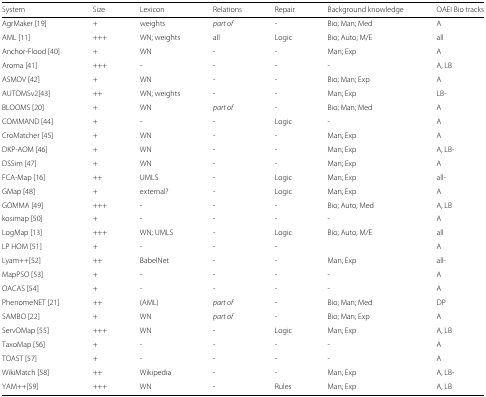
| System | Size | Lexicon | Relations | Repair | Background knowledge | OAEI Bio tracks |
 | --- | --- | --- | --- | --- | --- | --- |
 | AgrMaker [19] | + | weights | part of | - | Bio; Man; Med | A |
 | AML [11] | +++ | WN; weights | all | Logic | Bio; Auto; M/E | all |
 | Anchor-Flood [40] | + | WN | - | - | Man; Exp | A |
 | Aroma [41] | +++ | - | - | - | - | A, LB |
 | ASMOV [42] | + | WN | - | - | Bio; Man; Exp | A |
 | AUTOMSv2[43] | ++ | WN; weights | - | - | Man; Exp | LB- |
 | BLOOMS [20] | + | WN | part of | - | Bio; Man; Med | A |
 | COMMAND [44] | + | - | - | Logic | - | A |
 | CroMatcher [45] | + | WN | - | - | Man; Exp | A |
 | DKP-AOM [46] | + | WN | - | - | Man; Exp | A, LB- |
 | DSSim [47] | + | WN | - | - | Man; Exp | A |
 | FCA-Map [16] | ++ | UMLS | - | Logic | Man; Exp | all- |
 | GMap [48] | + | external? | - | Logic | Man; Exp | A |
 | GOMMA [49] | +++ | - | - | - | Bio; Auto; Med | A, LB |
 | kosimap [50] | + | - | - | - | - | A |
 | LogMap [13] | +++ | WN; UMLS | - | Logic | Bio; Auto; M/E | all |
 | LP HOM [51] | + | - | - | - |  | A |
 | Lyam++[52] | ++ | BabelNet | - | - | Man; Exp | all- |
 | MapPSO [53] | + | - | - | - | - | A |
 | OACAS [54] | + | - | - | - | - | A |
 | PhenomeNET [21] | ++ | (AML) | part of | - | Bio; Man; Med | DP |
 | SAMBO [22] | + | WN | part of | - | Bio; Man; Exp | A |
 | ServOMap [55] | +++ | WN | - | Logic | Man; Exp | A, LB |
 | TaxoMap [56] | + | - | - | - | - | A |
 | TOAST [57] | + | - | - | - | - | A |
 | WikiMatch [58] | ++ | Wikipedia | - | - | Man; Exp | A, LB- |
 | YAM++[59] | +++ | WN | - | Rules | Man; Exp | A, LB |